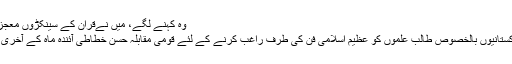
وہ کہنے لگے، میں نےقرآن کے سینکڑوں معجزے آنکھو...	Read more
اسلام آباد (سٹیٹ ویوز) عام پاکستانیوں بالخصوص طالب علموں کو عظیم اسلامی فن کی طرف راغب کرنے کے لئے قومی مقابلہ حُسن خطاطی آئندہ ماہ کے آخری ہفتے میں اسلام آباد میں ہوگا ۔